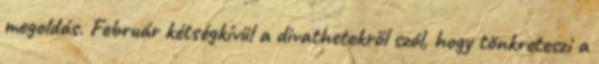
megoldás. Február kétségkívül a divathetekről szól, hogy tönkreteszi a